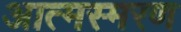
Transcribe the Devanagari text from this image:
आत्मस्मरण